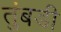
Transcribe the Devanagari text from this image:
तुंबडी